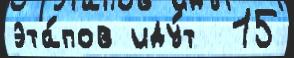
эта́пов иду́т  15